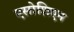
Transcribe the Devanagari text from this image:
एसोशिएन